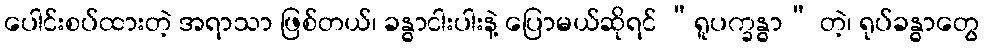
ပေါင်းစပ်ထားတဲ့ အရာသာ ဖြစ်တယ်၊ ခန္ဓာငါးပါးနဲ့ ပြောမယ်ဆိုရင် “ရူပက္ခန္ဓာ” တဲ့၊ ရုပ်ခန္ဓာတွေ